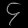
Digit: ၄